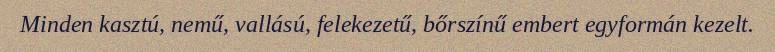
Minden kasztú, nemű, vallású, felekezetű, bőrszínű embert egyformán kezelt.